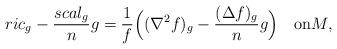
LaTeX: \begin{align*} ric_g-\frac{scal_g}{n}g=\frac{1}{f}\Big((\nabla^2f)_g-\frac{(\Delta f)_g}{n}g\Big)\quad\mbox{on}M,\end{align*}